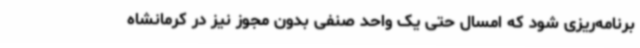
برنامه‌ریزی شود که امسال حتی یک واحد صنفی بدون مجوز نیز در کرمانشاه